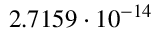
2 . 7 1 5 9 \cdot 1 0 ^ { - 1 4 }